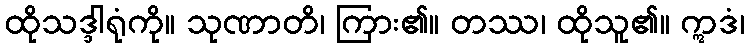
ထိုသဒ္ဒါရုံကို။ သုဏာတိ၊ ကြား၏။ တဿ၊ ထိုသူ၏။ ဣဒံ၊